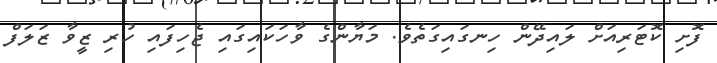
ފޮށި ކޮޓަރިއަށް ލައިދޭން ހިނގައިގަތެވެ. މަޔާންގެ ވާހަކައިގައި ޖެހިފައި ހުރި ޒީވާ ޒަލަފް